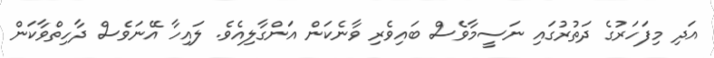
އަދި މިފަހަރުގެ ދަތުރުގައި ނަސީމާވެސް ބައިވެރި ވާނެކަން އަންގާލިއެވެ. ލައިހާ އޭނަވެސް ދާހިތްވާކަން